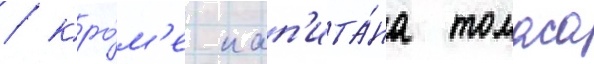
/ кро́м'е кап'ита́на томаса